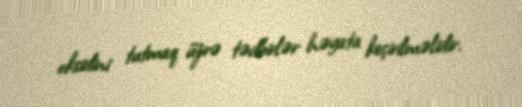
oksidini tutmaq üzrə tədbirlər həyata keçirilməlidir.